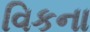
વિકના